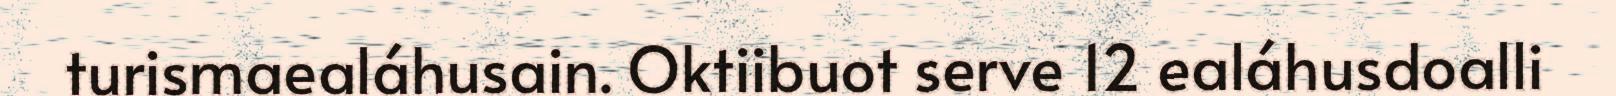
turismaealáhusain. Oktiibuot serve 12 ealáhusdoalli